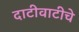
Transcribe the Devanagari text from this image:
दाटीवाटीचे